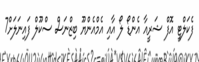
ފެކަލްޓީ އޮފް ޝަރީއާ އެންޑޯ ލޯ އާއި އެމްއެންޔޫ ބިޒްނަސް ސްކޫލް ފައިނަލަށް7